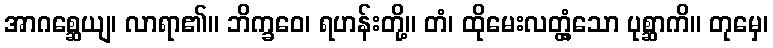
အာဂစ္ဆေယျ၊ လာရာ၏။ ဘိက္ခဝေ၊ ရဟန်းတို့။ တံ၊ ထိုမေးလတ္တံ့သော ပုစ္ဆာကိ။ တုမှေ၊